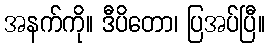
အနက်ကို။ ဒီပိတော၊ ပြအပ်ပြီ။